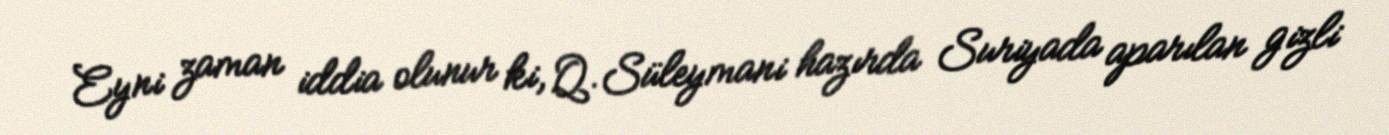
Eyni zaman iddia olunur ki, Q.Süleymani hazırda Suriyada aparılan gizli